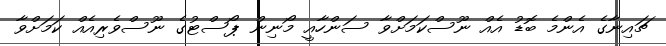
ޗައިނާގެ އެންމެ ބޮޑު އެއް ނޫސްކަމަށްވާ ސަންހާއީ މޯނިން ޕޯސްޓުގެ ނޫސްވެރިއެއް ކަމަށްވާ